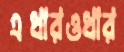
এধারওধার